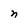
Character: n